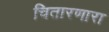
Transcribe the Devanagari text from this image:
चितारणारा